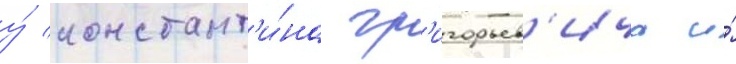
у́ констант'и́на гр'игорьев'ича и́